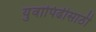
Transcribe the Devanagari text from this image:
युवापिढीसाठी